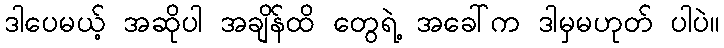
ဒါပေမယ့် အဆိုပါ အချိန်ထိ တွေရဲ့ အခေါ်က ဒါမှမဟုတ် ပါပဲ။